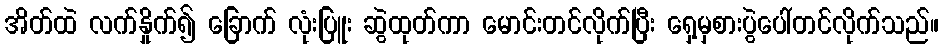
အိတ်ထဲ လက်နှိုက်၍ ခြောက် လုံးပြူး ဆွဲထုတ်ကာ မောင်းတင်လိုက်ပြီး ရှေ့မှစားပွဲပေါ်တင်လိုက်သည်။